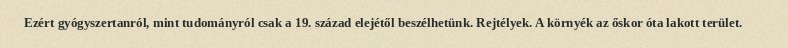
Ezért gyógyszertanról, mint tudományról csak a 19. század elejétől beszélhetünk. Rejtélyek. A környék az őskor óta lakott terület.